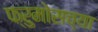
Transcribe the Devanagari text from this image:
फ्रुमोसच्या